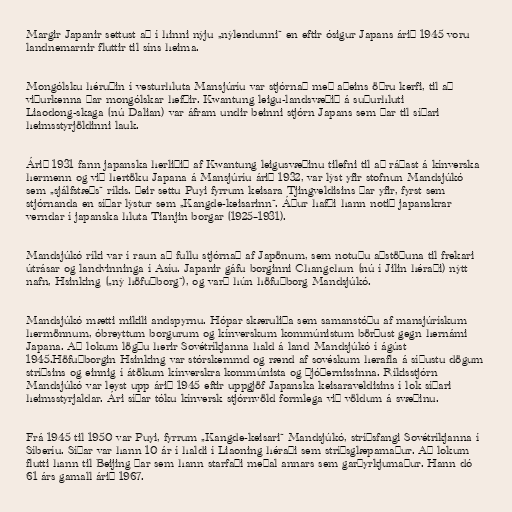
Margir Japanir settust að í hinni nýju „nýlendunni“ en eftir ósigur Japans árið 1945 voru
landnemarnir fluttir til síns heima.

Mongólsku héruðin í vesturhluta Mansjúríu var stjórnað með aðeins öðru kerfi, til að
viðurkenna þar mongólskar hefðir. Kwantung leigu-landsvæðið á suðurhluti
Liaodong-skaga (nú Dalian) var áfram undir beinni stjórn Japans sem þar til síðari
heimsstyrjöldinni lauk.

Árið 1931 fann japanska herliðið af Kwantung leigusvæðinu tilefni til að ráðast á kínverska
hermenn og við hertöku Japana á Mansjúríu árið 1932, var lýst yfir stofnun Mandsjúkó
sem „sjálfstæðs“ ríkis. Þeir settu Puyi fyrrum keisara Tjingveldisins þar yfir, fyrst sem
stjórnanda en síðar lýstur sem „Kangde-keisarinn“. Áður hafði hann notið japanskrar
verndar í japanska hluta Tianjin borgar (1925–1931).

Mandsjúkó ríki var í raun að fullu stjórnað af Japönum, sem notuðu aðstöðuna til frekari
útrásar og landvinninga í Asíu. Japanir gáfu borginni Changchun (nú í Jilin héraði) nýtt
nafn, Hsinking („ný höfuðborg“), og varð hún höfuðborg Mandsjúkó.

Mandsjúkó mætti mikili andspyrnu. Hópar skæruliða sem samanstóðu af mansjúrískum
hermönnum, óbreyttum borgurum og kínverskum kommúnistum börðust gegn hernámi
Japana. Að lokum lögðu herir Sovétríkjanna hald á land Mandsjúkó í ágúst
1945.Höfuðborgin Hsinking var stórskemmd og rænd af sovéskum herafla á síðustu dögum
stríðsins og einnig í átökum kínverskra kommúnista og þjóðernissinna. Ríkisstjórn
Mandsjúkó var leyst upp árið 1945 eftir uppgjöf Japanska keisaraveldisins í lok síðari
heimsstyrjaldar. Ári síðar tóku kínversk stjórnvöld formlega við völdum á svæðinu.

Frá 1945 til 1950 var Puyi, fyrrum „Kangde-keisari“ Mandsjúkó, stríðsfangi Sovétríkjanna í
Síberíu. Síðar var hann 10 ár í haldi í Liaoning héraði sem stríðsglæpamaður. Að lokum
flutti hann til Beijing þar sem hann starfaði meðal annars sem garðyrkjumaður. Hann dó
61 árs gamall árið 1967.